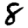
Digit: 8